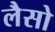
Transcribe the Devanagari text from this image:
लैसो